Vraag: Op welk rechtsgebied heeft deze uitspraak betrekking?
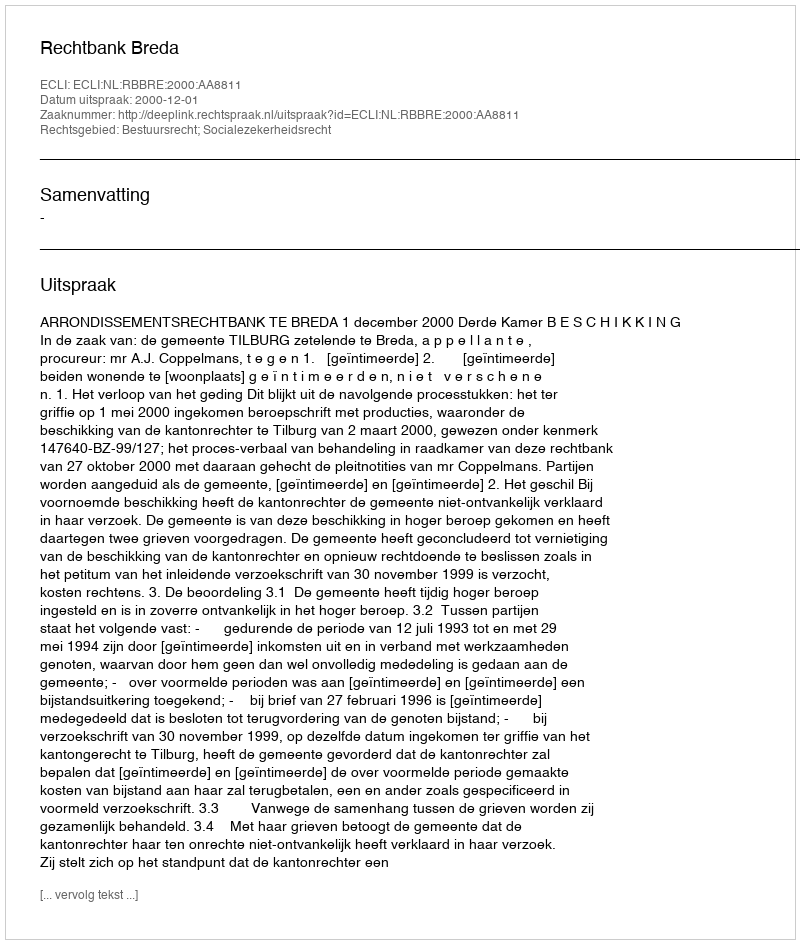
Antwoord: Bestuursrecht; Socialezekerheidsrecht